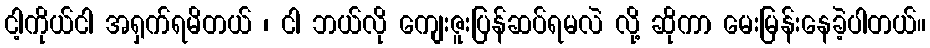
ငါ့ကိုယ်ငါ အရှက်ရမိတယ် ၊ ငါ ဘယ်လို ကျေးဇူးပြန်ဆပ်ရမလဲ လို့ ဆိုကာ မေးမြန်းနေခဲ့ပါတယ်။